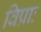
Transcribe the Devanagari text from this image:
विप्राः